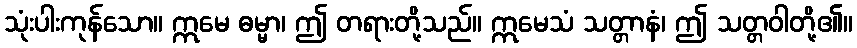
သုံးပါးကုန်သော။ ဣမေ ဓမ္မာ၊ ဤ တရားတို့သည်။ ဣမေသံ သတ္တာနံ၊ ဤ သတ္တဝါတို့၏။